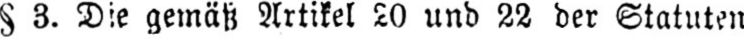
§3. Die gemäß Artikel 20 und 22 der Statuten